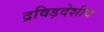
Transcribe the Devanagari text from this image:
द्रविड़देशीय